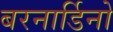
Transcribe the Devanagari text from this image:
बरनार्डिनो